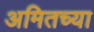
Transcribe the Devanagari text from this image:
अमितच्या